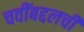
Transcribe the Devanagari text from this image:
चवींबद्दलची